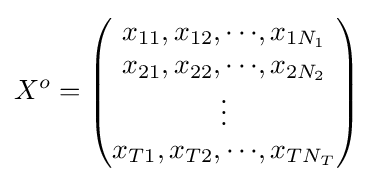
X^{o}={\begin{pmatrix}x_{11},x_{12},{\cdots },x_{1N_{1}}\\x_{21},x_{22},{\cdots },x_{2N_{2}}\\\vdots \\x_{T1},x_{T2},{\cdots },x_{TN_{T}}\end{pmatrix}}